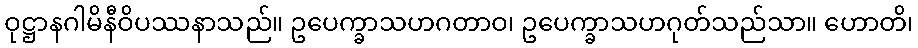
ဝုဋ္ဌာနဂါမိနီဝိပဿနာသည်။ ဥပေက္ခာသဟဂတာဝ၊ ဥပေက္ခာသဟဂုတ်သည်သာ။ ဟောတိ၊